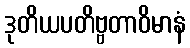
ဒုတိယပတိဗ္ဗတာဝိမာနံ